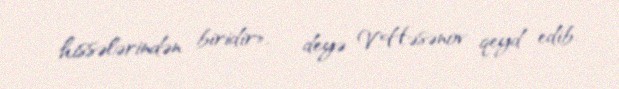
hissələrindən biridir», - deyə V.Həsənov qeyd edib.